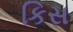
કિસ